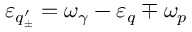
\varepsilon _ { q _ { \pm } ^ { \prime } } = \omega _ { \gamma } - \varepsilon _ { q } \mp \omega _ { p }